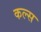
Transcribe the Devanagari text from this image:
कल्स